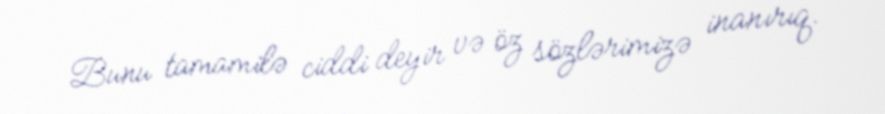
Bunu tamamilə ciddi deyir və öz sözlərimizə inanırıq.